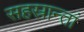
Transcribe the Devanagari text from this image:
सहस्रान्तां